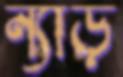
ন্যাড়